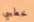
خطيبي